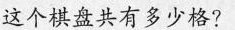
这个棋盘共有多少格?